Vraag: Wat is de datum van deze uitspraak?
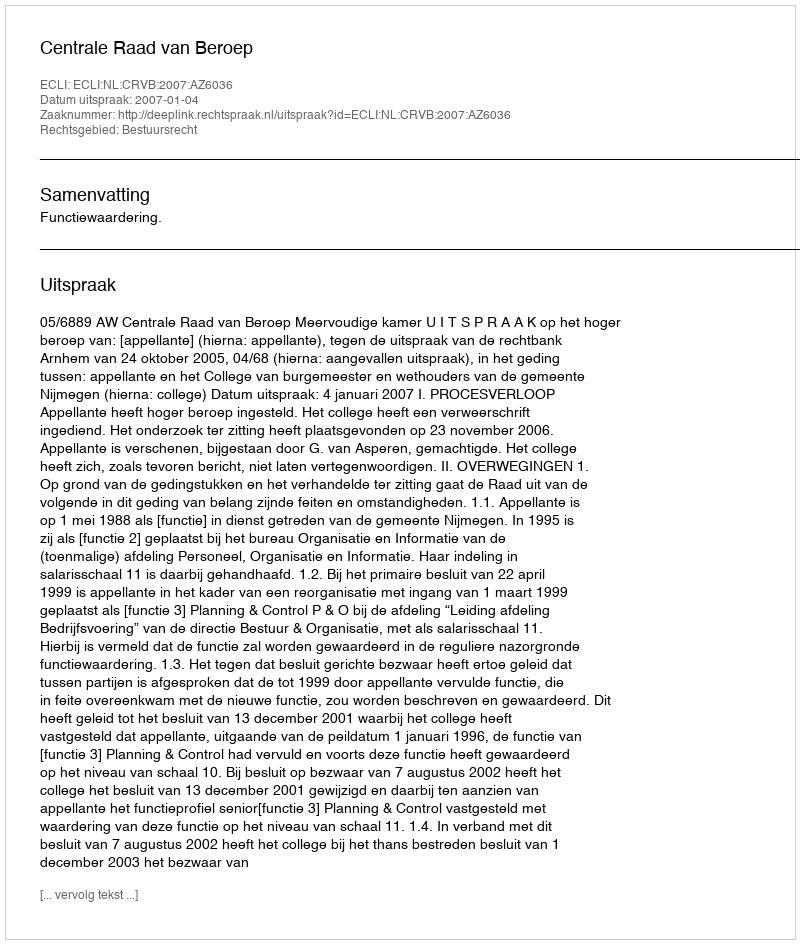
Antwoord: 2007-01-04